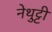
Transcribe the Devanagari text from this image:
नेथुट्टी